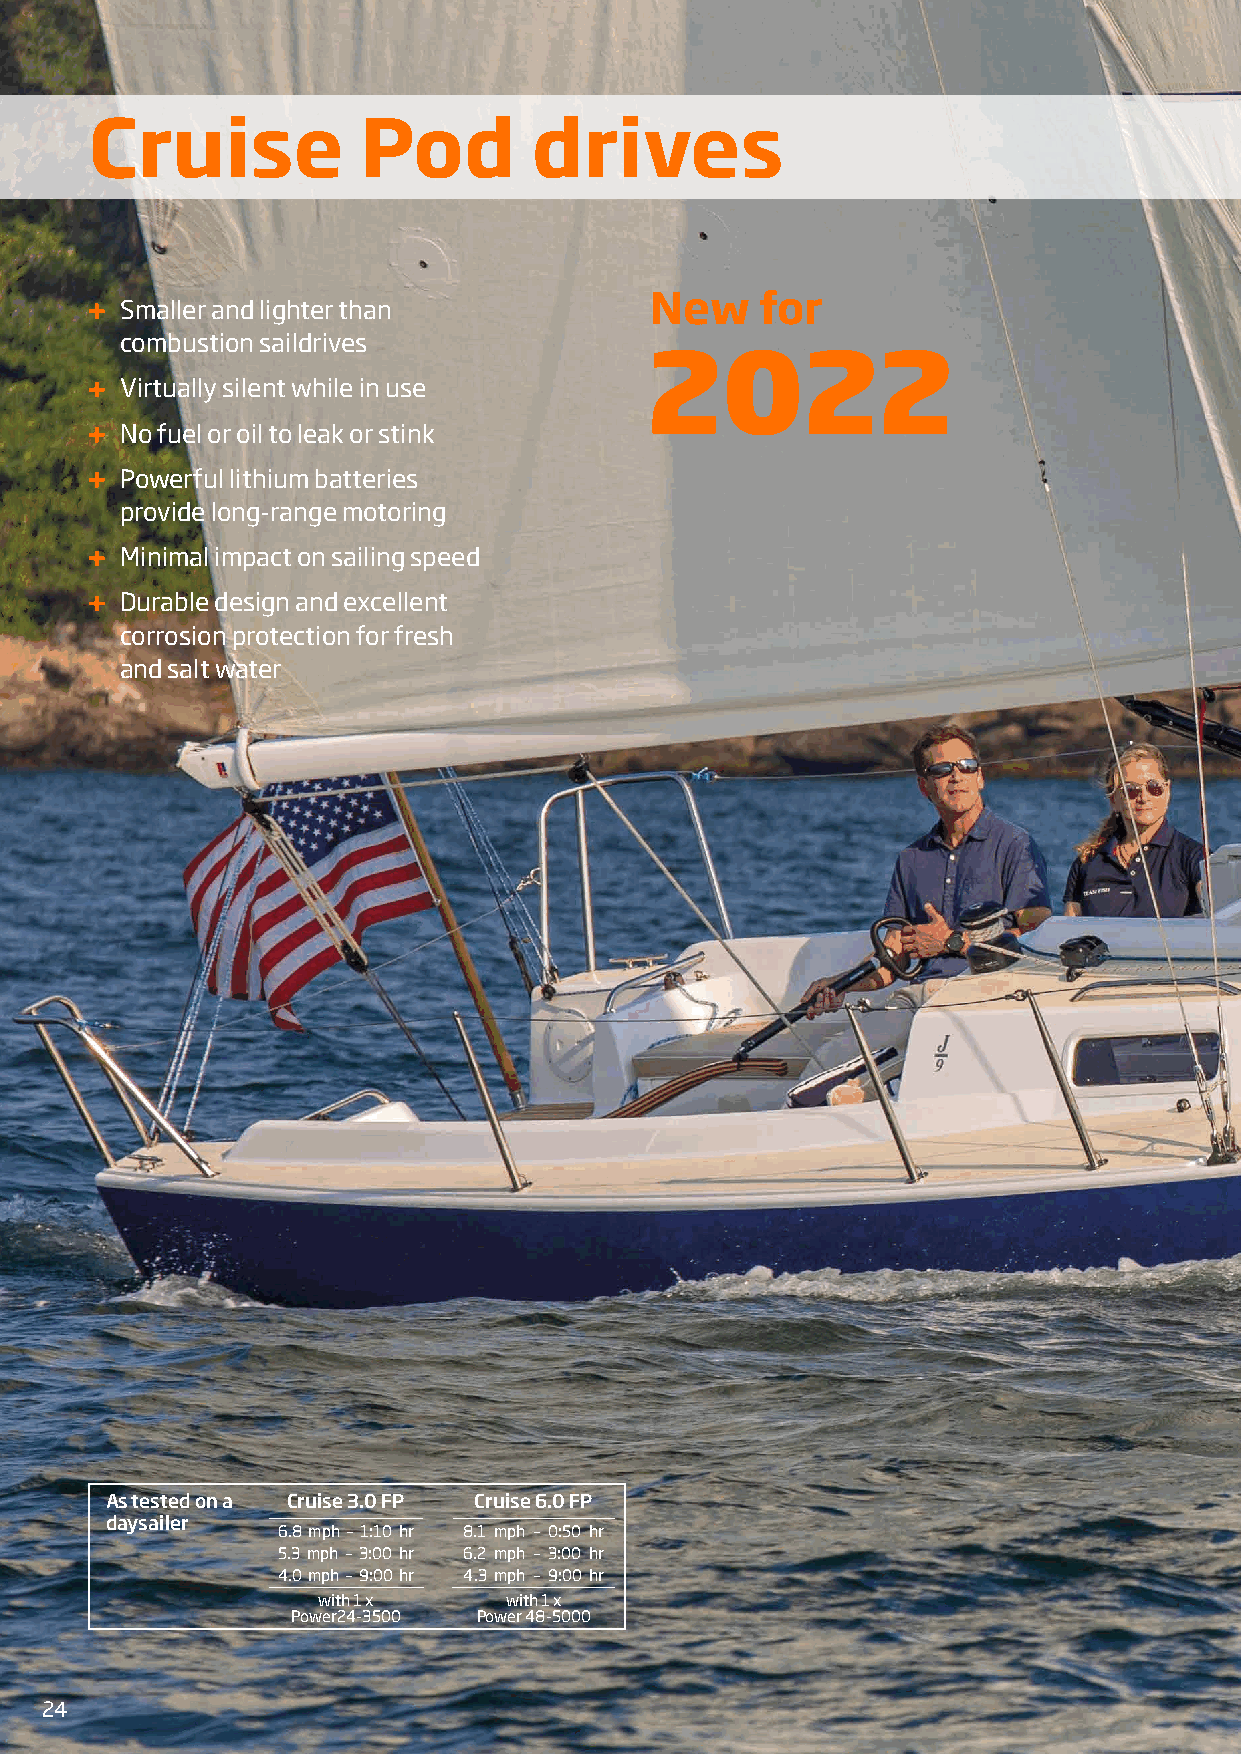
Cruise            Pod        drives
 New    for
 Smaller and lighter than
 combustion saildrives
 2022
 Virtually silent while in use
 No fuel or oil to leak or stink
 Powerful lithium batteries
 provide long-range motoring
 Minimal impact on sailing speed
 Durable design and excellent
 corrosion protection for fresh
 and salt water
 As tested on a Cruise 3.0 FP Cruise 6.0 FP
 daysailer
 6.8 mph – 1:10 hr 8.1 mph – 0:50 hr
 5.3 mph – 3:00 hr 6.2 mph – 3:00 hr
 4.0 mph – 9:00 hr 4.3 mph – 9:00 hr
 with 1 x    with 1 x
 Power24-3500 Power 48-5000
 24